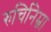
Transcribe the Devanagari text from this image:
रुचिनिम्ना